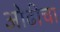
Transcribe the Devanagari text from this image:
ओढीचा